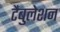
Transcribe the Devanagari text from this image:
टैबुलेशन